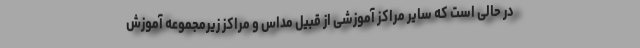
در حالی است که سایر مراکز آموزشی از قبیل مداس و مراکز زیرمجموعه آموزش